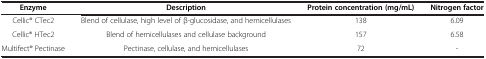
<table><thead><tr><td><b>Enzyme</b></td><td><b>Description</b></td><td><b>Protein concentration (mg/mL)</b></td><td><b>Nitrogen factor</b></td></tr></thead><tbody><tr><td>Cellic® CTec2</td><td>Blend of cellulase, high level of β-glucosidase, and hemicellulases</td><td>138</td><td>6.09</td></tr><tr><td>Cellic® HTec2</td><td>Blend of hemicellulases and cellulase background</td><td>157</td><td>6.58</td></tr><tr><td>Multifect® Pectinase</td><td>Pectinase, cellulase, and hemicellulases</td><td>72</td><td>-</td></tr></tbody></table>